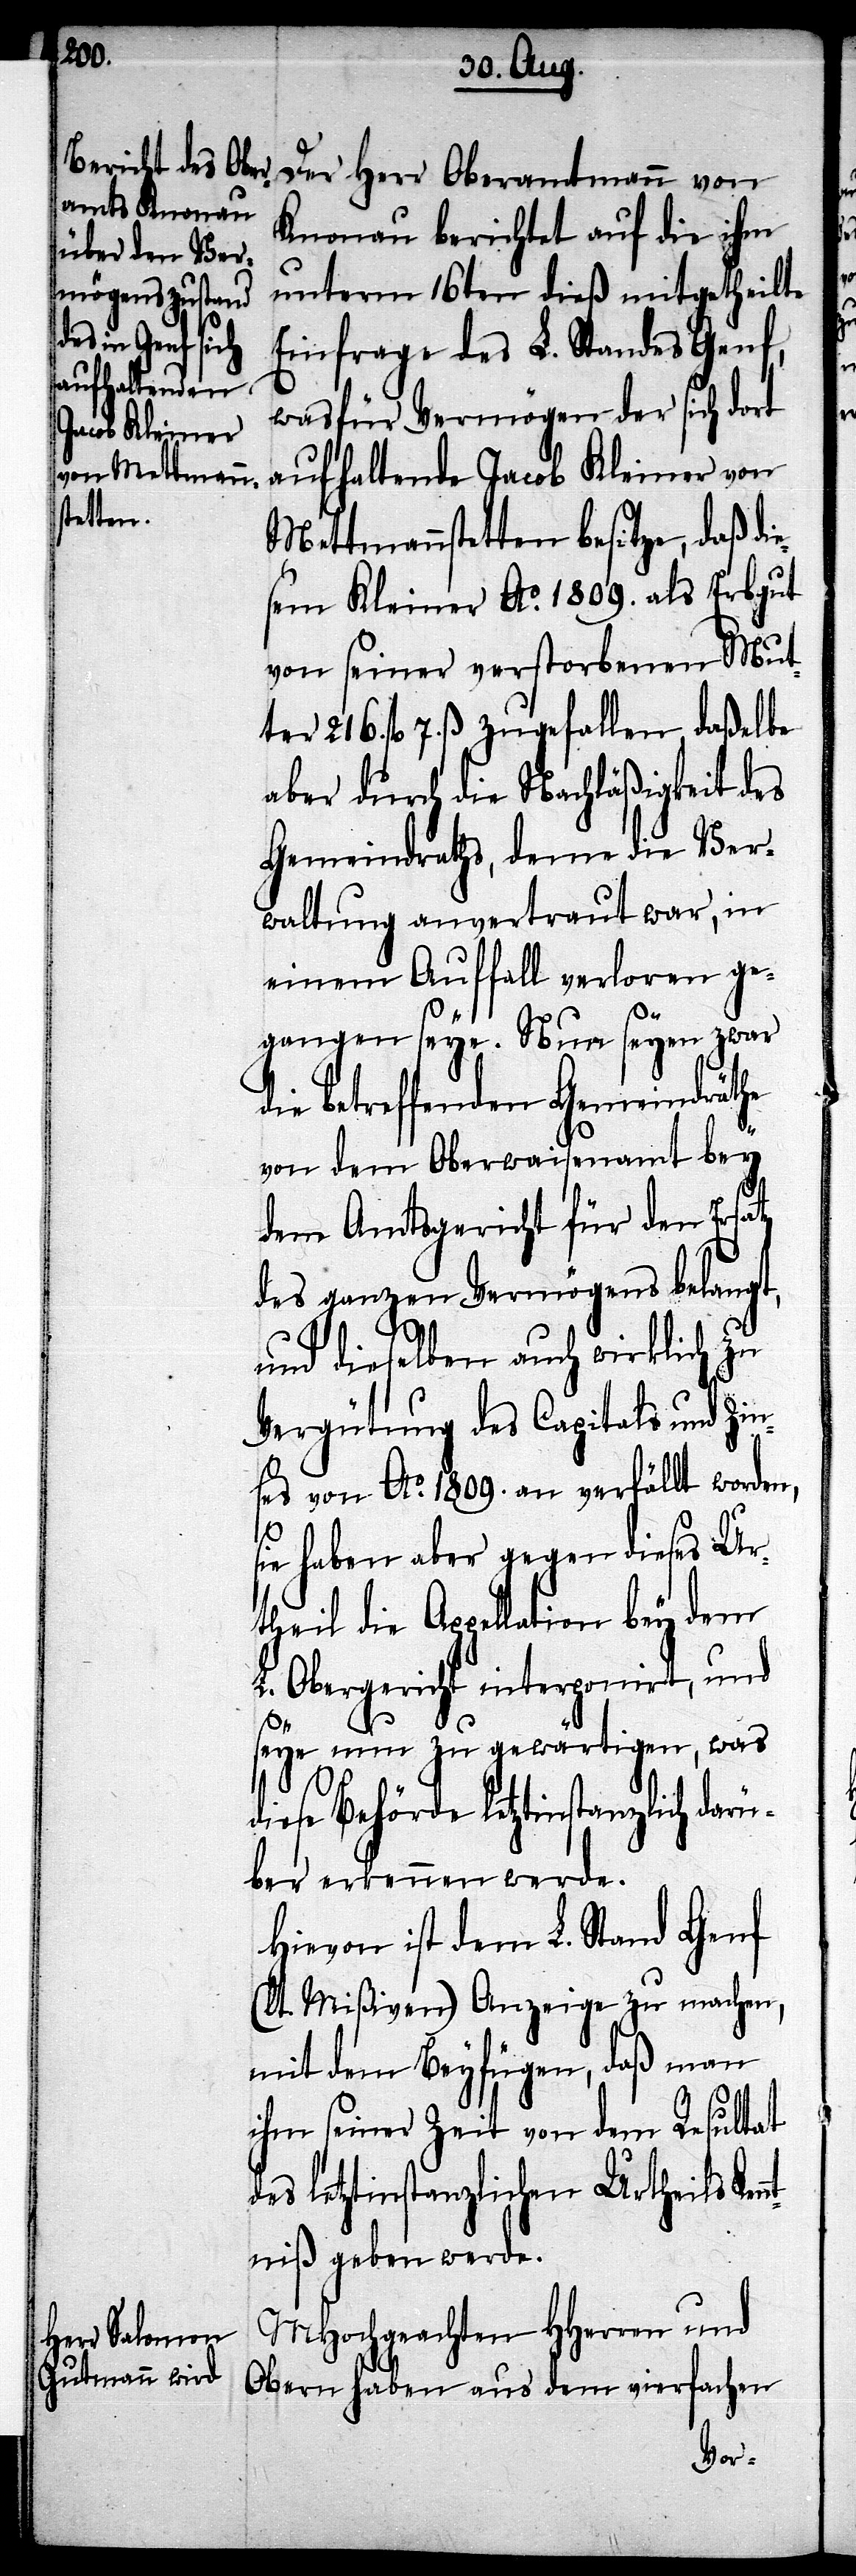
Der Herr Oberamtmann von
Knonau berichtet auf die ihm
unterm 16ten dieß mitgetheilte
Einfrage des L. Standes Genf,
wasfür Vermögen der sich dort
aufhaltende Jacob Kleiner von
Mettmannstetten besitze, daß di¬
esem Kleiner Ao. 1809. als Erbgut
von seiner verstorbenen Mut¬
ter 216. fl. 7 ß. zugefallen, daßelbe
aber durch die Nachläßigkeit des
Gemeindraths, deme die Ver¬
waltung anvertraut war, in
einem Auffall verloren ge¬
gangen seye. Nun seyen zwar
die betreffenden Gemeindräthe
von dem Oberwaisenamt bey
dem Amtsgericht für den Ersatz
des ganzen Vermögens belangt,
und dieselben auch wirklich zu
Vergütung des Capitals und Zin¬
ses von Ao. 1809. an verfällt worden,
haben aber gegen dieses Ur¬
theil die Appellation bey
L. Obergericht interponirt, und
seye nun zu gewärtigen, was d¬
iese Behörde letztinstanzlich darü¬
ber erkennen werde.
Hievon ist dem L. Stand Genf
(lt. Mißiven) Anzeige zu machen,
mit dem Beyfügen, daß man
ihm seiner Zeit von dem Resultat
des letztinstanzlichen Urtheils Ken¬
ntniß geben werde.
MHochgeachten HHerren und
Obern haben aus dem vierfachen